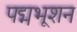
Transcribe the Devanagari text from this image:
पद्मभूशन